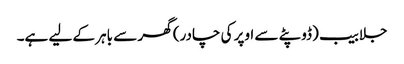
جلابیب (ڈوپٹے سے اوپر کی چادر) گھر سے باہر کے لیے ہے۔